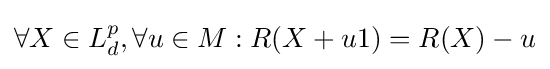
\forall X\in L_{d}^{p},\forall u\in M:R(X+u1)=R(X)-u